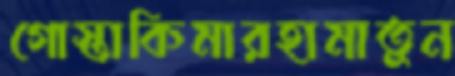
গোস্তাকিমারহামাতুন